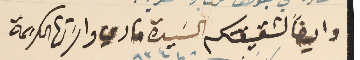
وايضاً لشقيقتكم السَيدة ماري واسَرتها الكريمة